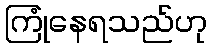
ကြုံနေရသည်ဟု